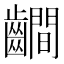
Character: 𪙨